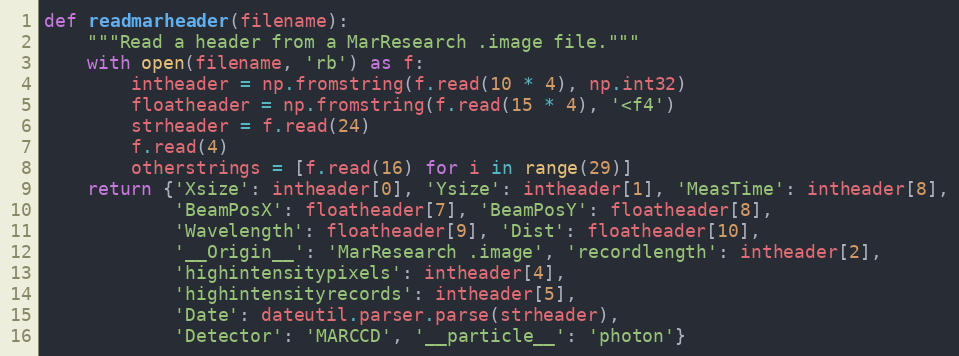
Language: Python
def readmarheader(filename):
    """Read a header from a MarResearch .image file."""
    with open(filename, 'rb') as f:
        intheader = np.fromstring(f.read(10 * 4), np.int32)
        floatheader = np.fromstring(f.read(15 * 4), '<f4')
        strheader = f.read(24)
        f.read(4)
        otherstrings = [f.read(16) for i in range(29)]
    return {'Xsize': intheader[0], 'Ysize': intheader[1], 'MeasTime': intheader[8],
            'BeamPosX': floatheader[7], 'BeamPosY': floatheader[8],
            'Wavelength': floatheader[9], 'Dist': floatheader[10],
            '__Origin__': 'MarResearch .image', 'recordlength': intheader[2],
            'highintensitypixels': intheader[4],
            'highintensityrecords': intheader[5],
            'Date': dateutil.parser.parse(strheader),
            'Detector': 'MARCCD', '__particle__': 'photon'}